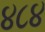
૪૮૪